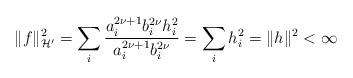
LaTeX: \begin{align*}\Vert f\Vert^2_{\mathcal{H}'}=\sum_{i}\frac{a_i^{2\nu+1} b_i^{2\nu} h_i^2}{a_i^{2\nu+1} b_i^{2\nu}} = \sum_i h_i^2 = \| h\|^2 < \infty\end{align*}